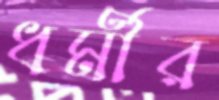
ধর্মীর